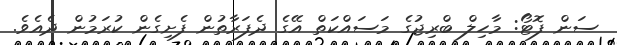
ސަން ފޮޓޯ: މާހިލް ބްރިޖުގެ މަސައްކަތް އޭގެ ދެފަރާތުން ފެށިގެން ކުރަމުން ދެއެވެ.